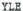
YLE